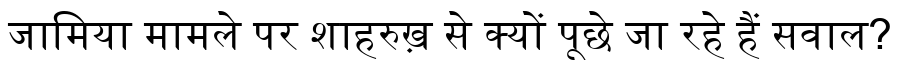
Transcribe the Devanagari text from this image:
जामिया मामले पर शाहरुख़ से क्यों पूछे जा रहे हैं सवाल?